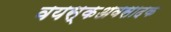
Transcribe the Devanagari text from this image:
वयस्कअवसादक